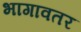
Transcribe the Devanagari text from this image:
भागावतर